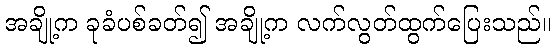
အချို့က ခုခံပစ်ခတ်၍ အချို့က လက်လွတ်ထွက်ပြေးသည်။